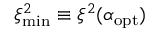
\ensuremath { \ensuremath { \xi ^ { 2 } } _ { \mathrm { m i n } } } \equiv \ensuremath { \xi ^ { 2 } } ( \ensuremath { \alpha _ { \mathrm { o p t } } } )